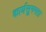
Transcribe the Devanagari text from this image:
कार्यसुगमता